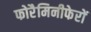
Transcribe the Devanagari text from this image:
फोरैमिनीफेरों